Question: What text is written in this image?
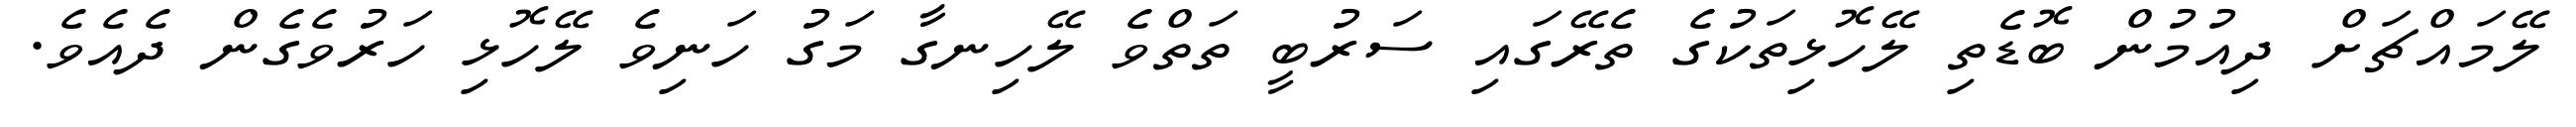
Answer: ލޭމައްޗަށް ދިއުމުން ބޮޑެތި ލޭހޮޅިތަކުގެ ތެރޭގައި ސަރުބީ ތަތްވެ ލޭހިނގާ މަގު ހަނިވެ ލޭހޮޅި ހަރުވެގެން ދެއެވެ.